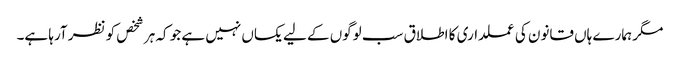
مگر ہمارے ہاں قانون کی عملداری کا اطلاق سب لوگوں کے لیے یکساں نہیں ہے جو کہ ہر شخص کو نظر آرہا ہے۔